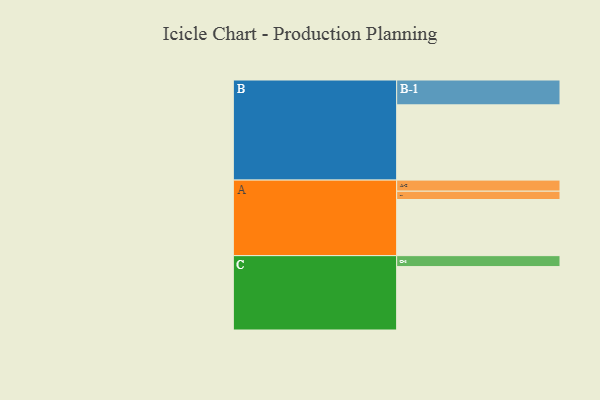
{"axis": {"x": "Segment", "y": "Value"}, "legend": ["", "A", "B", "C"], "data": [{"x": "A", "y": 425, "type": ""}, {"x": "B", "y": 570, "type": ""}, {"x": "C", "y": 480, "type": ""}, {"x": "A-1", "y": 63, "type": "A"}, {"x": "A-2", "y": 84, "type": "A"}, {"x": "B-1", "y": 188, "type": "B"}, {"x": "C-1", "y": 83, "type": "C"}]}